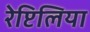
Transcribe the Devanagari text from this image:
रेप्टिलिया